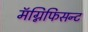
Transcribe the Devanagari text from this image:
मॅग्निफिसन्ट